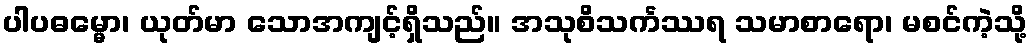
ပါပဓမ္မော၊ ယုတ်မာ သောအကျင့်ရှိသည်။ အသုစိသင်္ကဿရ သမာစာရော၊ မစင်ကဲ့သို့